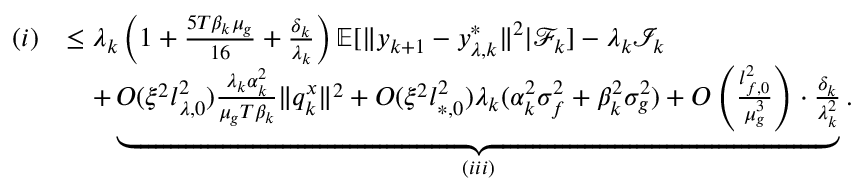
\begin{array} { r l } { ( i ) } & { \le \lambda _ { k } \left( 1 + \frac { 5 T \beta _ { k } \mu _ { g } } { 1 6 } + \frac { \delta _ { k } } { \lambda _ { k } } \right) \mathbb { E } [ \| y _ { k + 1 } - y _ { \lambda , k } ^ { * } \| ^ { 2 } | \mathcal { F } _ { k } ] - \lambda _ { k } \mathcal { I } _ { k } } \\ & { \quad + \underbrace { O ( \xi ^ { 2 } l _ { \lambda , 0 } ^ { 2 } ) \frac { \lambda _ { k } \alpha _ { k } ^ { 2 } } { \mu _ { g } T \beta _ { k } } \| q _ { k } ^ { x } \| ^ { 2 } + O ( \xi ^ { 2 } l _ { * , 0 } ^ { 2 } ) \lambda _ { k } ( \alpha _ { k } ^ { 2 } \sigma _ { f } ^ { 2 } + \beta _ { k } ^ { 2 } \sigma _ { g } ^ { 2 } ) + O \left( \frac { l _ { f , 0 } ^ { 2 } } { \mu _ { g } ^ { 3 } } \right) \cdot \frac { \delta _ { k } } { \lambda _ { k } ^ { 2 } } } _ { ( i i i ) } . } \end{array}